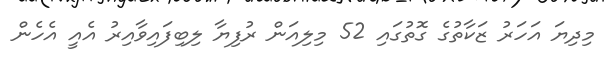
މިދިޔަ އަހަރު ޒަކާތުގެ ގޮތުގައި 52 މިލިއަން ރުފިޔާ ލިބިފައިވާއިރު އެއީ އެހެން